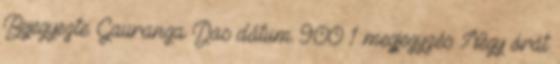
Bejegyezte: Gauranga Das dátum: 9:00 1 megjegyzés: Négy órát